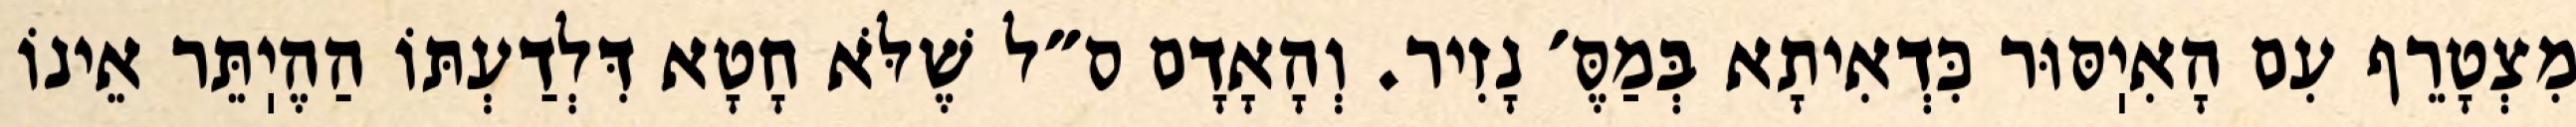
מִצְטָרֵף עִם הָאִיֽסּוּר כִּדְאִיתָא בְּמַסֶּ׳ נָזִיר. וְהָאָדָם ס״ל שֶׁלֹּא חָטָא דִּלְדַעְתּוֹ הַהֶיֽתֵּר אֵינוֹ